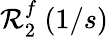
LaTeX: \mathcal{R}_{2}^{f}~(1/s)